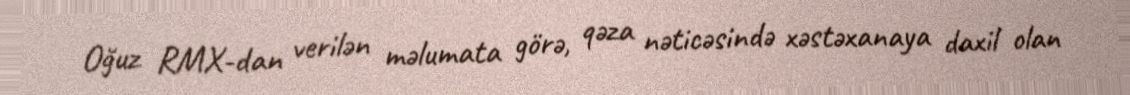
Oğuz RMX-dan verilən məlumata görə, qəza nəticəsində xəstəxanaya daxil olan